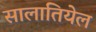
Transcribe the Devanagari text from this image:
सालातियेल